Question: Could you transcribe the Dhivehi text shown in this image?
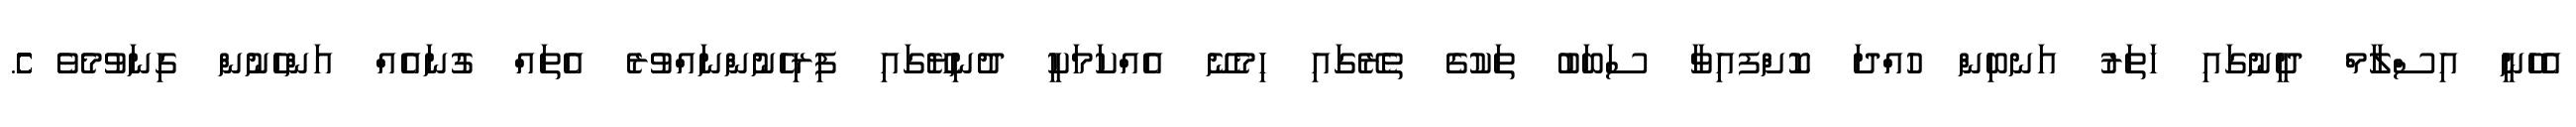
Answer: އެހެނީ އިސްލާމް ދީނުގައި ހަތަރު އަނބިން ހުއްދަ ކޮށްފއިވާ ސަބަބު ތަކުގެ ތެރޭގައި ހިމެނޭ އެއްކަމަކީ ދުނިޔޭގައި ފިރިހެނުންނައްވުރެ އެތައް ގުނައެއް އަންހެނުން ގިނަވުމެވެ ެެެެެެެެެެެެެެެެެެެެެެެެެެެެެެެެެެެެެެެެެެެެެެެެެެެެެެެެެެެެެެެެެެެެެެެެ.